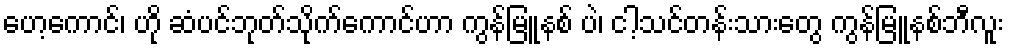
ဟေ့ကောင်၊ ဟို ဆံပင်ဘုတ်သိုက်ကောင်ဟာ ကွန်မြူနစ် ပဲ၊ ငါ့သင်တန်းသားတွေ ကွန်မြူနစ်ဘီလူး